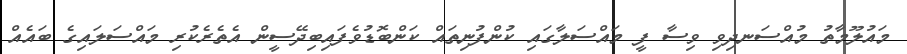
މައުލޫމާތު މުއްސަނދިވި ވިސާ ފީ މައްސަލާގައި ކުންފުނިތައް ކަންބޮޑުވެފައިބިދޭސީން އެތެރެކުރި މައްސަލައިގެ ބައެއް